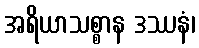
အရိယာသစ္စာန ဒဿနံ၊